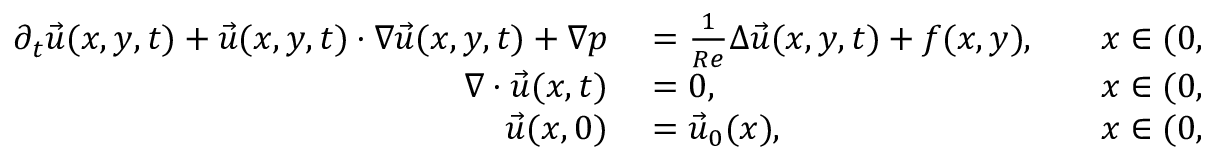
\begin{array} { r l r l } { \partial _ { t } \vec { u } ( x , y , t ) + \vec { u } ( x , y , t ) \cdot \nabla \vec { u } ( x , y , t ) + \nabla p } & { { } = \frac { 1 } { R e } \Delta \vec { u } ( x , y , t ) + f ( x , y ) , } & { } & { { } x \in ( 0 , 1 ) ^ { 2 } , t \in ( 0 , T ] } \\ { \nabla \cdot \vec { u } ( x , t ) } & { { } = 0 , } & { } & { { } x \in ( 0 , 1 ) ^ { 2 } , t \in [ 0 , T ] } \\ { \vec { u } ( x , 0 ) } & { { } = \vec { u } _ { 0 } ( x ) , } & { } & { { } x \in ( 0 , 1 ) ^ { 2 } } \end{array}